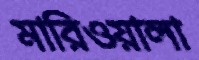
মারিওয়ালা